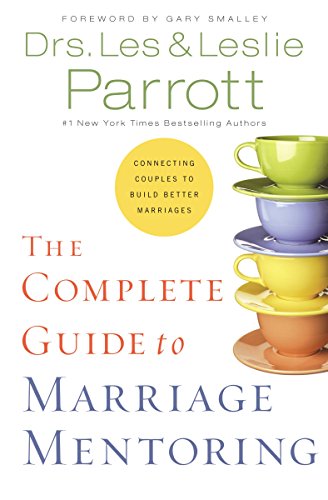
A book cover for The Complete Guide to Marriage Mentoring: Connecting Couples to Build Better Marriages; Les Parrott; Christian Books & Bibles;